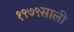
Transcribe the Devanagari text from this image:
१९७९साली